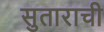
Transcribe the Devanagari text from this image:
सुताराची